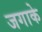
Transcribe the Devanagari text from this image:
जगाके